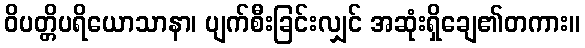
ဝိပတ္တိပရိယောသာနာ၊ ပျက်စီးခြင်းလျှင် အဆုံးရှိချေ၏တကား။